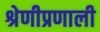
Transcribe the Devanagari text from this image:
श्रेणीप्रणाली